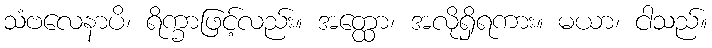
သံဗလေနာပိ၊ ရိက္ခာဖြင့်လည်း။ အတ္ထော၊ အလိုရှိရကား။ မယာ၊ ငါသည်။